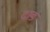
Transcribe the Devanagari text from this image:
दाड